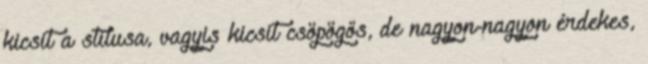
kicsit a stílusa, vagyis kicsit csöpögős, de nagyon-nagyon érdekes,